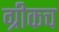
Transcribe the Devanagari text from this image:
ग्रीकच